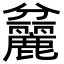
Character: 𪋨